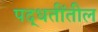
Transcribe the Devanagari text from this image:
पद्धतींतील